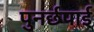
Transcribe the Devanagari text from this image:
पुनर्छपाई